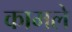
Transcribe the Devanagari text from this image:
कामले